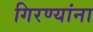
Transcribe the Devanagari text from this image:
गिरण्यांना